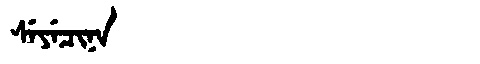
Manchu: ᠰᡝᠶᡝᠴᡳᠨᠠ
Romanization: SEYECINA